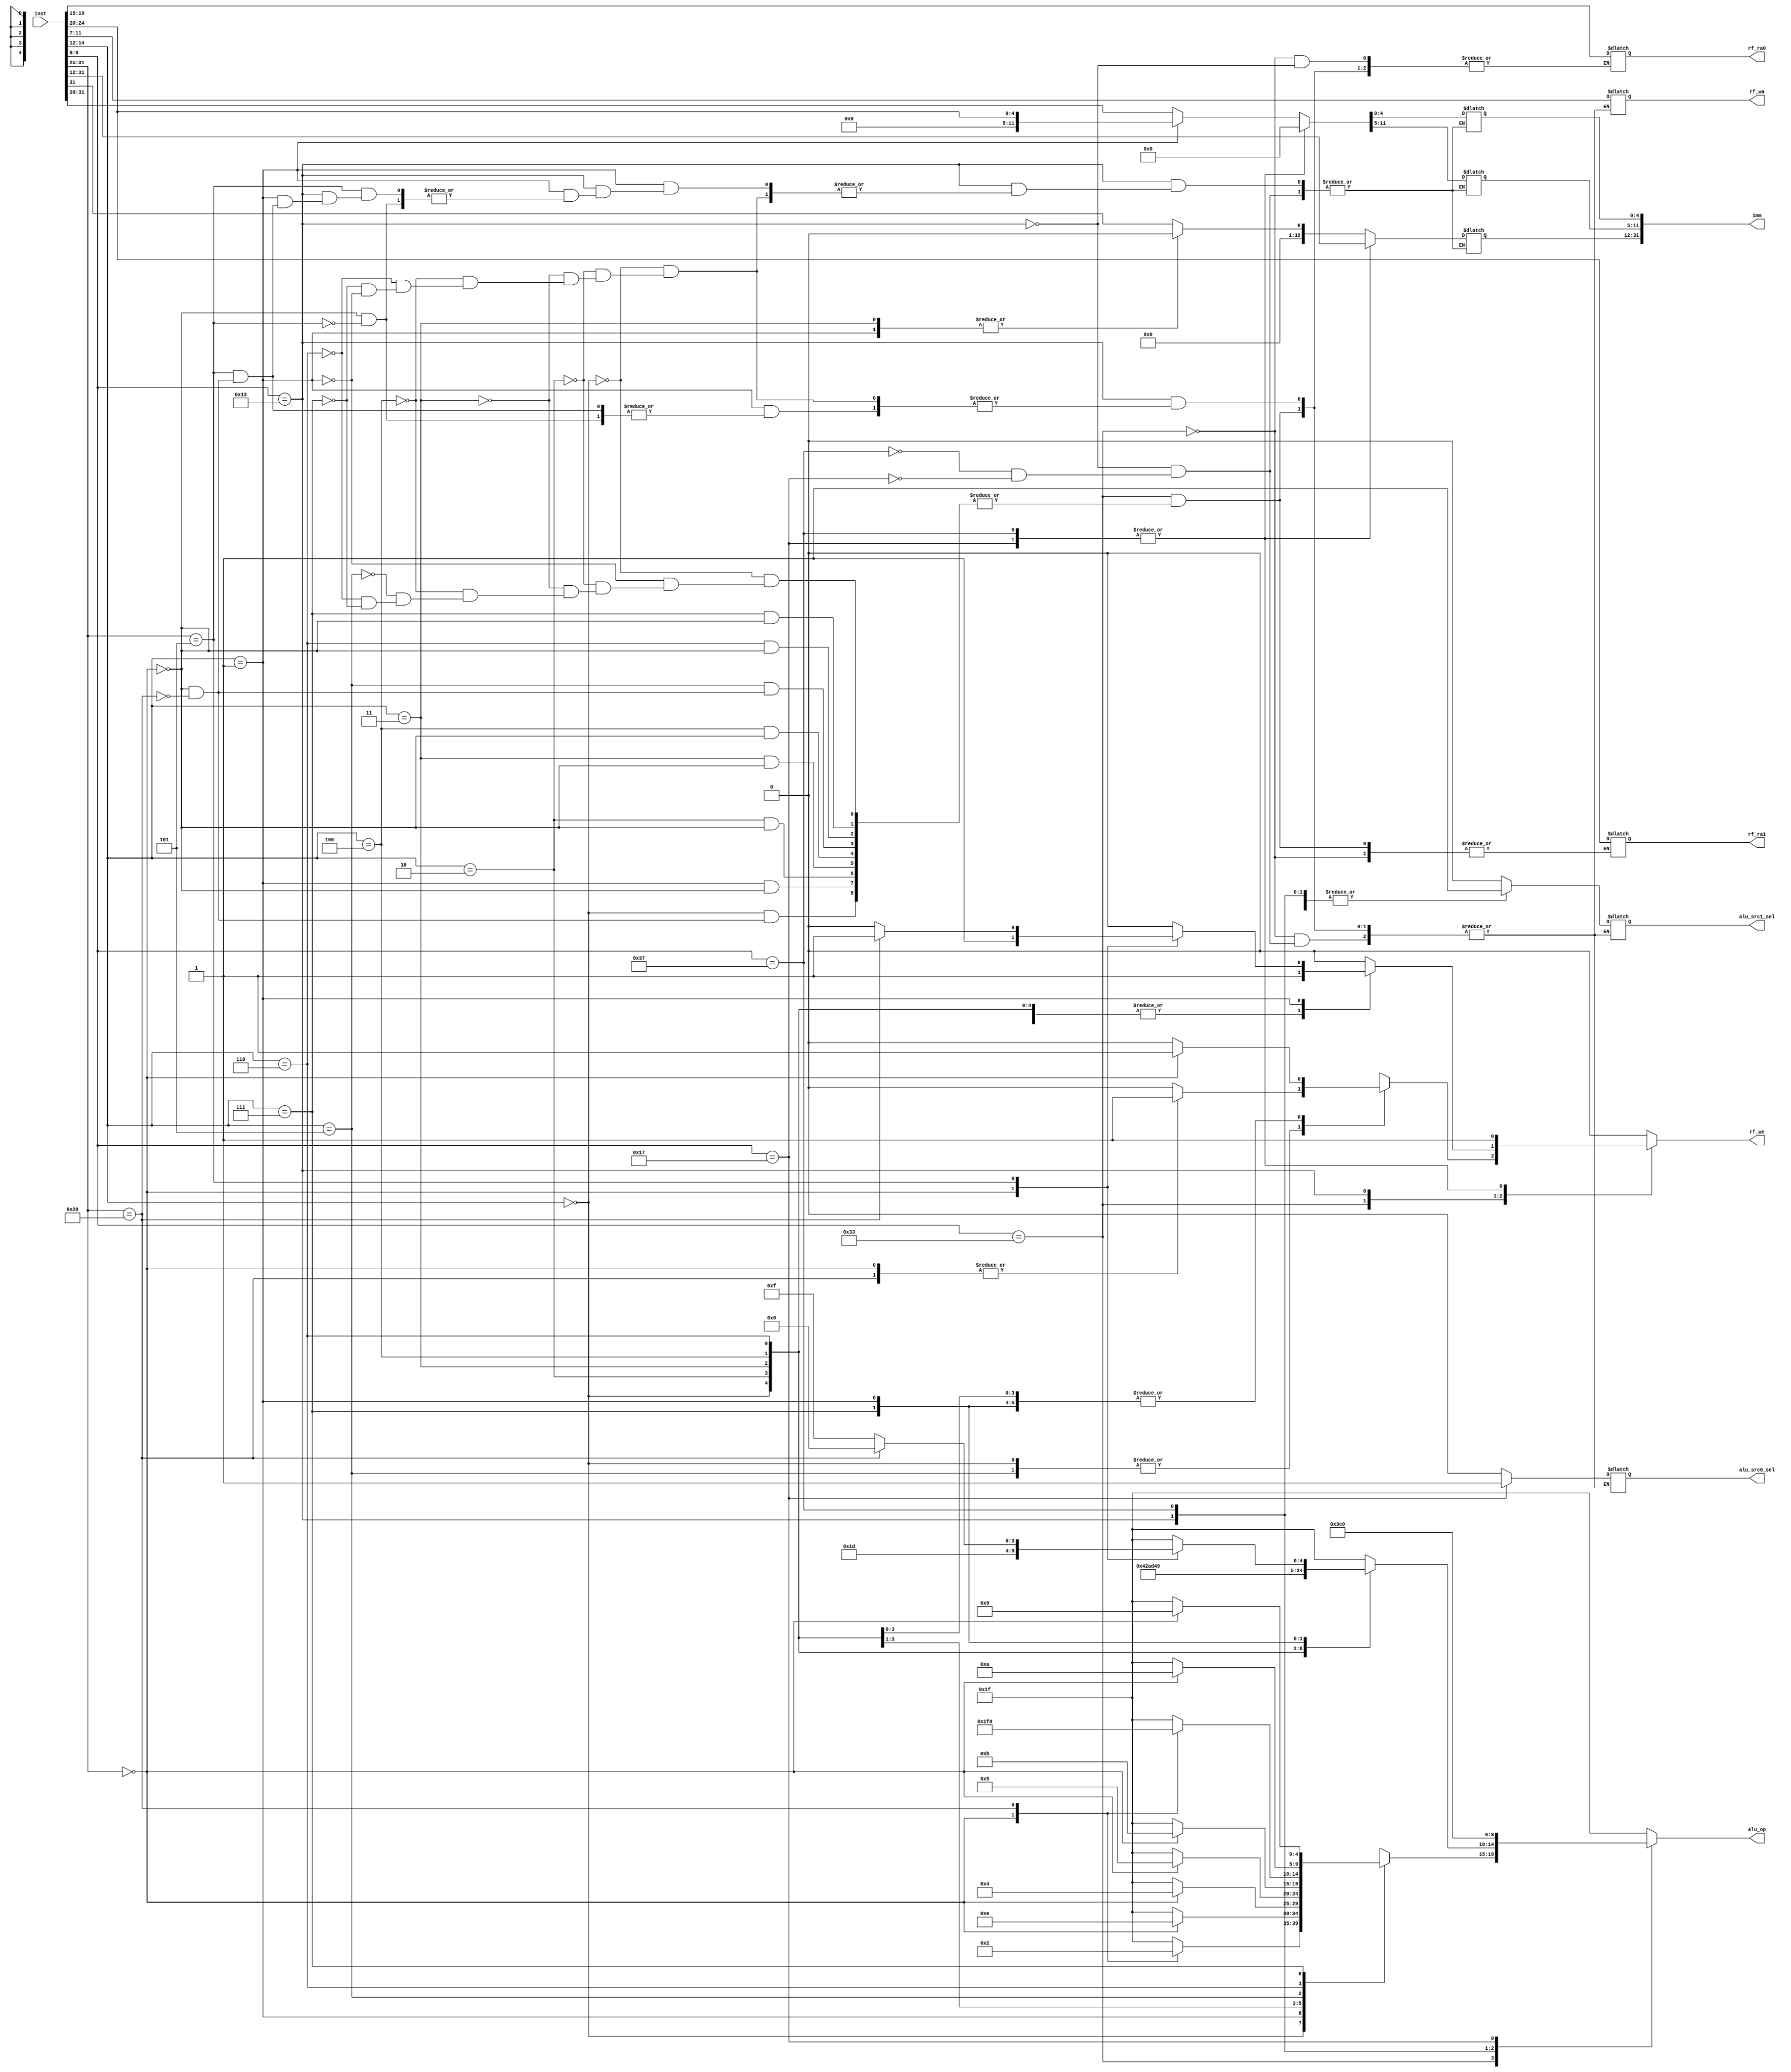
`timescale 1ns / 1ps
//////////////////////////////////////////////////////////////////////////////////
// Company: 
// Engineer: 
// 
// Design Name: 
// Module Name: DECODER
// Project Name: 
// Target Devices: 
// Tool Versions: 
// Description: 
// 
// Dependencies: 
// 
// Revision:
// Revision 0.01 - File Created
// Additional Comments:
// 
//////////////////////////////////////////////////////////////////////////////////
`define ADD                 5'B00000    
`define SUB                 5'B00010   
`define SLT                 5'B00100
`define SLTU                5'B00101
`define AND                 5'B01001
`define OR                  5'B01010
`define XOR                 5'B01011
`define SLL                 5'B01110   
`define SRL                 5'B01111    
`define SRA                 5'B10000  
`define SRC0                5'B10001
`define SRC1                5'B10010

`define R_TYPE              7'b0110011
`define B_TYPE              7'b1100011
`define S_TYPE              7'b0100011
`define J_TYPE              7'b1101111
`define I_TYPE_1            7'b1100111
`define I_TYPE_2            7'b0000011
`define I_TYPE_3            7'b0010011
`define I_TYPE_4            7'b0001111
`define I_TYPE_5            7'b1110011
`define U_TYPE_1            7'b0110111
`define U_TYPE_2            7'b0010111

`define ALU_ERR_OP(reg)          reg = 5'b11111



module DECODER(
    input                           [31 : 0]            inst,

    output              reg         [ 4 : 0]            alu_op,
    output              reg         [31 : 0]            imm,

    output              reg         [ 4 : 0]            rf_ra0,
    output              reg         [ 4 : 0]            rf_ra1,
    output              reg         [ 4 : 0]            rf_wa,
    output              reg         [ 0 : 0]            rf_we,

    output              reg         [ 0 : 0]            alu_src0_sel,       // 0reg1pc 
    output              reg         [ 0 : 0]            alu_src1_sel        // 0reg, 1
);

    always @(inst) begin
        case (inst[6:0])
        //-------------R-TYPE-DECODE
            `R_TYPE : case (inst[14:12])
            //---funt3: 000, add/sub
                3'b000: case (inst[31:25])
                    7'b0000000: begin
                        alu_op <= `ADD; 
                        rf_ra0 <= inst[19:15];
                        rf_ra1 <= inst[24:20];
                        rf_wa <= inst[11:7];
                        rf_we <= 1'b1;
                        alu_src0_sel <= 1'b0;
                        alu_src1_sel <= 1'b0;
                    end//add
                    7'b0100000: begin
                        alu_op <= `SUB; 
                        rf_ra0 <= inst[19:15];
                        rf_ra1 <= inst[24:20];
                        rf_wa <= inst[11:7];
                        rf_we <= 1'b1;
                        alu_src0_sel <= 1'b0;
                        alu_src1_sel <= 1'b0;
                    end//sub
                    default: begin
                        `ALU_ERR_OP(alu_op);
                        rf_we <= 1'b0;
                    end
                endcase 
                3'b001: case (inst[31:25])
                    7'b0000000: begin
                        alu_op <= `SLL; 
                        rf_ra0 <= inst[19:15];
                        rf_ra1 <= inst[24:20];
                        rf_wa <= inst[11:7];
                        rf_we <= 1'b1;
                        alu_src0_sel <= 1'b0;
                        alu_src1_sel <= 1'b0; 
                    end//sll 
                    default: begin
                        `ALU_ERR_OP(alu_op);
                        rf_we <= 1'b0;
                    end
                endcase
                3'b010: case (inst[31:25])
                    7'b0000000: begin
                        alu_op <= `SLT; 
                        rf_ra0 <= inst[19:15];
                        rf_ra1 <= inst[24:20];
                        rf_wa <= inst[11:7];
                        rf_we <= 1'b1;
                        alu_src0_sel <= 1'b0;
                        alu_src1_sel <= 1'b0;
                    end//slt
                    default: begin
                        `ALU_ERR_OP(alu_op);
                        rf_we <= 1'b0;
                    end
                endcase
                3'b011: case (inst[31:25])
                    7'b0000000: begin
                        alu_op <= `SLTU; 
                        rf_ra0 <= inst[19:15];
                        rf_ra1 <= inst[24:20];
                        rf_wa <= inst[11:7];
                        rf_we <= 1'b1;
                        alu_src0_sel <= 1'b0;
                        alu_src1_sel <= 1'b0;
                    end//sltu
                    default: begin
                        `ALU_ERR_OP(alu_op);
                        rf_we <= 1'b0;
                    end
                endcase
                3'b100: case (inst[31:25])
                    7'b0000000: begin
                        alu_op <= `XOR; 
                        rf_ra0 <= inst[19:15];
                        rf_ra1 <= inst[24:20];
                        rf_wa <= inst[11:7];
                        rf_we <= 1'b1;
                        alu_src0_sel <= 1'b0;
                        alu_src1_sel <= 1'b0;
                    end//xor
                    default: begin
                        `ALU_ERR_OP(alu_op);
                        rf_we <= 1'b0;
                    end
                endcase
                3'b101: case (inst[31:25])
                    7'b0000000: begin
                        alu_op <= `SRL; 
                        rf_ra0 <= inst[19:15];
                        rf_ra1 <= inst[24:20];
                        rf_wa <= inst[11:7];
                        rf_we <= 1'b1;
                        alu_src0_sel <= 1'b0;
                        alu_src1_sel <= 1'b0;
                    end//srl
                    7'b0100000: begin
                        alu_op <= `SRA; 
                        rf_ra0 <= inst[19:15];
                        rf_ra1 <= inst[24:20];
                        rf_wa <= inst[11:7];
                        rf_we <= 1'b1;
                        alu_src0_sel <= 1'b0;
                        alu_src1_sel <= 1'b0;
                    end//sra 
                    default: begin
                        `ALU_ERR_OP(alu_op);
                        rf_we <= 1'b0;
                    end
                endcase
                3'b110: case (inst[31:25])
                    7'b0000000: begin
                        alu_op <= `OR; 
                        rf_ra0 <= inst[19:15];
                        rf_ra1 <= inst[24:20];
                        rf_wa <= inst[11:7];
                        rf_we <= 1'b1;
                        alu_src0_sel <= 1'b0;
                        alu_src1_sel <= 1'b0;
                    end//or 
                    default: begin
                        `ALU_ERR_OP(alu_op);
                        rf_we <= 1'b0;
                    end
                endcase
                3'b111: case (inst[31:25])
                    7'b0000000: begin
                        alu_op <= `AND; 
                        rf_ra0 <= inst[19:15];
                        rf_ra1 <= inst[24:20];
                        rf_wa <= inst[11:7];
                        rf_we <= 1'b1;
                        alu_src0_sel <= 1'b0;
                        alu_src1_sel <= 1'b0;
                    end//and
                    default: begin
                        `ALU_ERR_OP(alu_op);
                        rf_we <= 1'b0;
                    end
                endcase
                default: begin
                    `ALU_ERR_OP(alu_op);
                    rf_we <= 1'b0;
                end
            endcase
        //-------------R-TYPE-DECODE
        //-------------I-TYPE-DECODE
            `I_TYPE_1 : begin
            `ALU_ERR_OP(alu_op);
            rf_we <= 1'b0;
        end
            `I_TYPE_2 : begin
        `ALU_ERR_OP(alu_op);
        rf_we <= 1'b0;
    end
            `I_TYPE_3 : case (inst[14:12])
                3'b000: begin
                    alu_op <= `ADD; 
                    rf_ra0 <= inst[19:15];
                    imm[11:0] = inst[31:20];
                    imm[31:12] <= imm[11]; 
                    rf_wa <= inst[11:7];
                    rf_we <= 1'b1;
                    alu_src0_sel <= 1'b0;
                    alu_src1_sel <= 1'b1;
                end //addi
                3'b010: begin
                    alu_op <= `SLT; 
                    rf_ra0 <= inst[19:15];
                    imm[11:0] = inst[31:20];
                    imm[31:12] <= imm[11]; 
                    rf_wa <= inst[11:7];
                    rf_we <= 1'b1;
                    alu_src0_sel <= 1'b0;
                    alu_src1_sel <= 1'b1;
                end //slti
                3'b011: begin
                    alu_op <= `SLTU; 
                    rf_ra0 <= inst[19:15];
                    imm[11:0] = inst[31:20];
                    imm[31:12] <= 0; 
                    rf_wa <= inst[11:7];
                    rf_we <= 1'b1;
                    alu_src0_sel <= 1'b0;
                    alu_src1_sel <= 1'b1;
                end //sltiu
                3'b100: begin
                    alu_op <= `XOR; 
                    rf_ra0 <= inst[19:15];
                    imm[11:0] = inst[31:20];
                    imm[31:12] <= imm[11]; 
                    rf_wa <= inst[11:7];
                    rf_we <= 1'b1;
                    alu_src0_sel <= 1'b0;
                    alu_src1_sel <= 1'b1;
                end//xori
                3'b110: begin
                    alu_op <= `OR; 
                    rf_ra0 <= inst[19:15];
                    imm[11:0] = inst[31:20];
                    imm[31:12] <= imm[11]; 
                    rf_wa <= inst[11:7];
                    rf_we <= 1'b1;
                    alu_src0_sel <= 1'b0;
                    alu_src1_sel <= 1'b1;
                end //ori
                3'b111: begin
                    alu_op <= `AND; 
                    rf_ra0 <= inst[19:15];
                    imm[11:0] = inst[31:20];
                    imm[31:12] <= imm[11]; 
                    rf_wa <= inst[11:7];
                    rf_we <= 1'b1;
                    alu_src0_sel <= 1'b0;
                    alu_src1_sel <= 1'b1;
                end //andi
                3'b001: case (inst[31:25])
                    7'b0000000: begin
                        alu_op <= `SLL; 
                        rf_ra0 <= inst[19:15];
                        imm[4:0] = inst[24:20];
                        imm[31:5] = 0;
                        rf_wa <= inst[11:7];
                        rf_we <= 1'b1;
                        alu_src0_sel <= 1'b0;
                        alu_src1_sel <= 1'b1;
                    end //slli
                    default: begin
                        `ALU_ERR_OP(alu_op);
                        rf_we <= 1'b0;
                    end
                3'b101: case (inst[31:25])
                    7'b0000000: begin
                        alu_op <= `SRL; 
                        rf_ra0 <= inst[19:15];
                        imm[4:0] = inst[24:20];
                        imm[31:5] = 0;
                        rf_wa <= inst[11:7];
                        rf_we <= 1'b1;
                        alu_src0_sel <= 1'b0;
                        alu_src1_sel <= 1'b1;
                    end //srli
                    7'b0100000: begin
                        alu_op <= `SRA; 
                        rf_ra0 <= inst[19:15];
                        imm[4:0] = inst[24:20];
                        imm[31:5] = 0;
                        rf_wa <= inst[11:7];
                        rf_we <= 1'b1;
                        alu_src0_sel <= 1'b0;
                        alu_src1_sel <= 1'b1;
                    end //srai
                    default: begin
                        `ALU_ERR_OP(alu_op);
                        rf_we <= 1'b0;
                    end
                endcase
                endcase
                default: begin
                    `ALU_ERR_OP(alu_op);
                    rf_we <= 1'b0;
                end
            endcase
            `I_TYPE_4 : begin
            `ALU_ERR_OP(alu_op);
            rf_we <= 1'b0;
        end
            `I_TYPE_5 : begin
        `ALU_ERR_OP(alu_op);
        rf_we <= 1'b0;
    end
            `U_TYPE_1 : begin
                alu_op <= 5'b11110;
                imm[31:12] = inst[31:12];
                imm[11:0] = 0;
                rf_wa <= inst[11:7];
                rf_we <= 1'b1;
                alu_src0_sel <= 1'b0;
                alu_src1_sel <= 1'b1;
            end //lui
            `U_TYPE_2 : begin
                alu_op <= `ADD;
                imm[31:12] = inst[31:12];
                imm[11:0] <= 0;
                rf_wa <= inst[11:7];
                rf_we <= 1'b1;
                alu_src0_sel <= 1'b1;
                alu_src1_sel <= 1'b1;
            end //auipc
            default: begin
                `ALU_ERR_OP(alu_op);
                rf_we <= 1'b0;
            end
        endcase
    end

endmodule